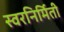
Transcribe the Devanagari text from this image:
स्वरनिर्मिती